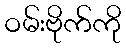
ဝမ်းဗိုက်ကို